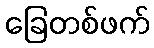
ခြေတစ်ဖက်